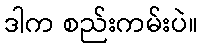
ဒါက စည်းကမ်းပဲ။